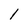
Character: 1